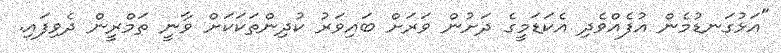
"އަޅުގަނޑުމެން އުފެއްވެދި އެކަޑަމީގެ ދަށުން ވަރަށް ބައިވަރު ކުދިންތަކަކަށް ވާނީ ތަމްރީން ދެވިފައި.